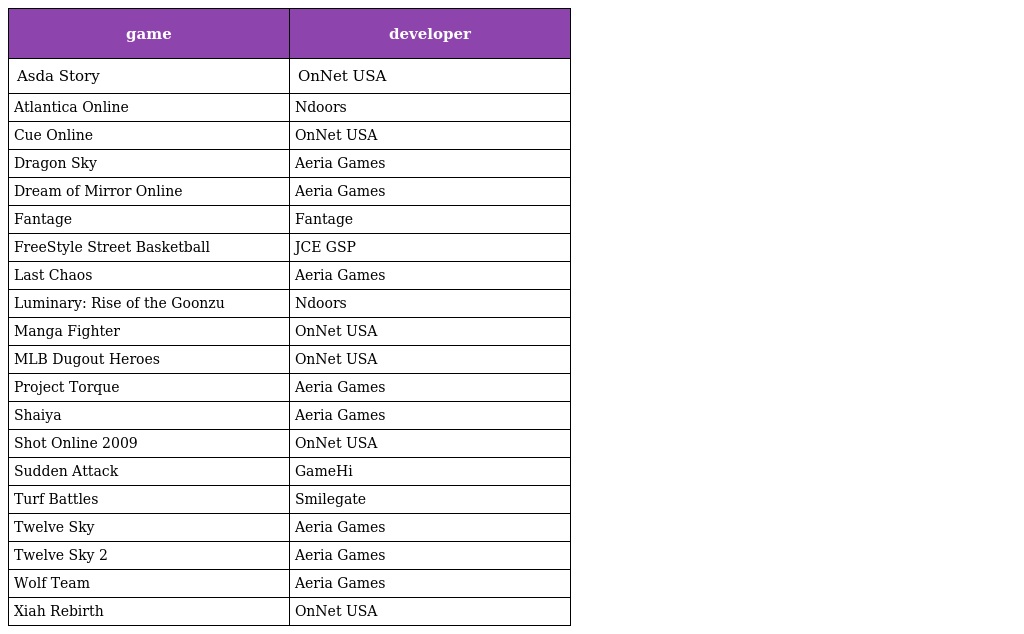
| game | developer |
 | --- | --- |
 | Asda Story | OnNet USA |
 | Atlantica Online | Ndoors |
 | Cue Online | OnNet USA |
 | Dragon Sky | Aeria Games |
 | Dream of Mirror Online | Aeria Games |
 | Fantage | Fantage |
 | FreeStyle Street Basketball | JCE GSP |
 | Last Chaos | Aeria Games |
 | Luminary: Rise of the Goonzu | Ndoors |
 | Manga Fighter | OnNet USA |
 | MLB Dugout Heroes | OnNet USA |
 | Project Torque | Aeria Games |
 | Shaiya | Aeria Games |
 | Shot Online 2009 | OnNet USA |
 | Sudden Attack | GameHi |
 | Turf Battles | Smilegate |
 | Twelve Sky | Aeria Games |
 | Twelve Sky 2 | Aeria Games |
 | Wolf Team | Aeria Games |
 | Xiah Rebirth | OnNet USA |